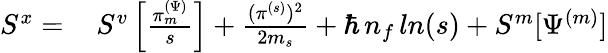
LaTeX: \begin{array}{rl}{S^{x}=}&{{}\, S^{v}\left[\frac{\pi_{m}^{(\Psi)}}{s}\right]+\frac{(\pi^{(s)})^{2}}{2m_{s}}+\hbar\, n_{f}\, ln(s)+S^{m}[\Psi^{(m)}]}\end{array}